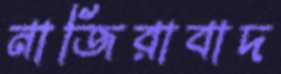
নাজিরাবাদ